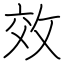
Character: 效